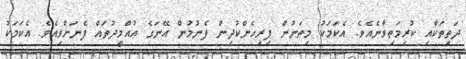
ދަތިތަކާއި ކުރިމަތިވާނެއެވެ. އެކަމަކު މިތަނުން ފިރިހެންކުދިން ފެނުމުން އޭނަގެ އުއްމީދުތައް ފެނަށްވިއެވެ. އެކަމަކު